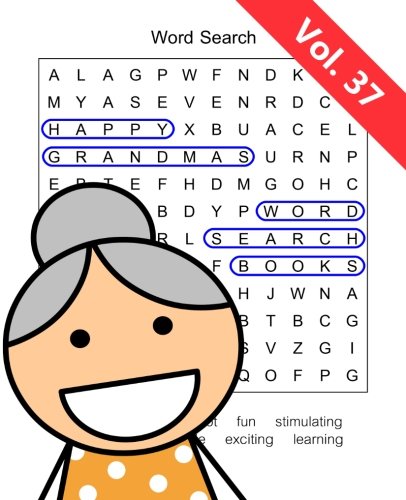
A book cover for Happy Grandma's Word Search Books: Volume 37; Word Search Books; Humor & Entertainment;